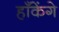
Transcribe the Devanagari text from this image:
हाँकेंगे